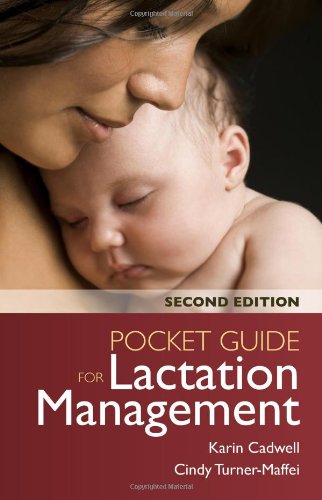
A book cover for Pocket Guide For Lactation Management; Karin Cadwell; Parenting & Relationships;